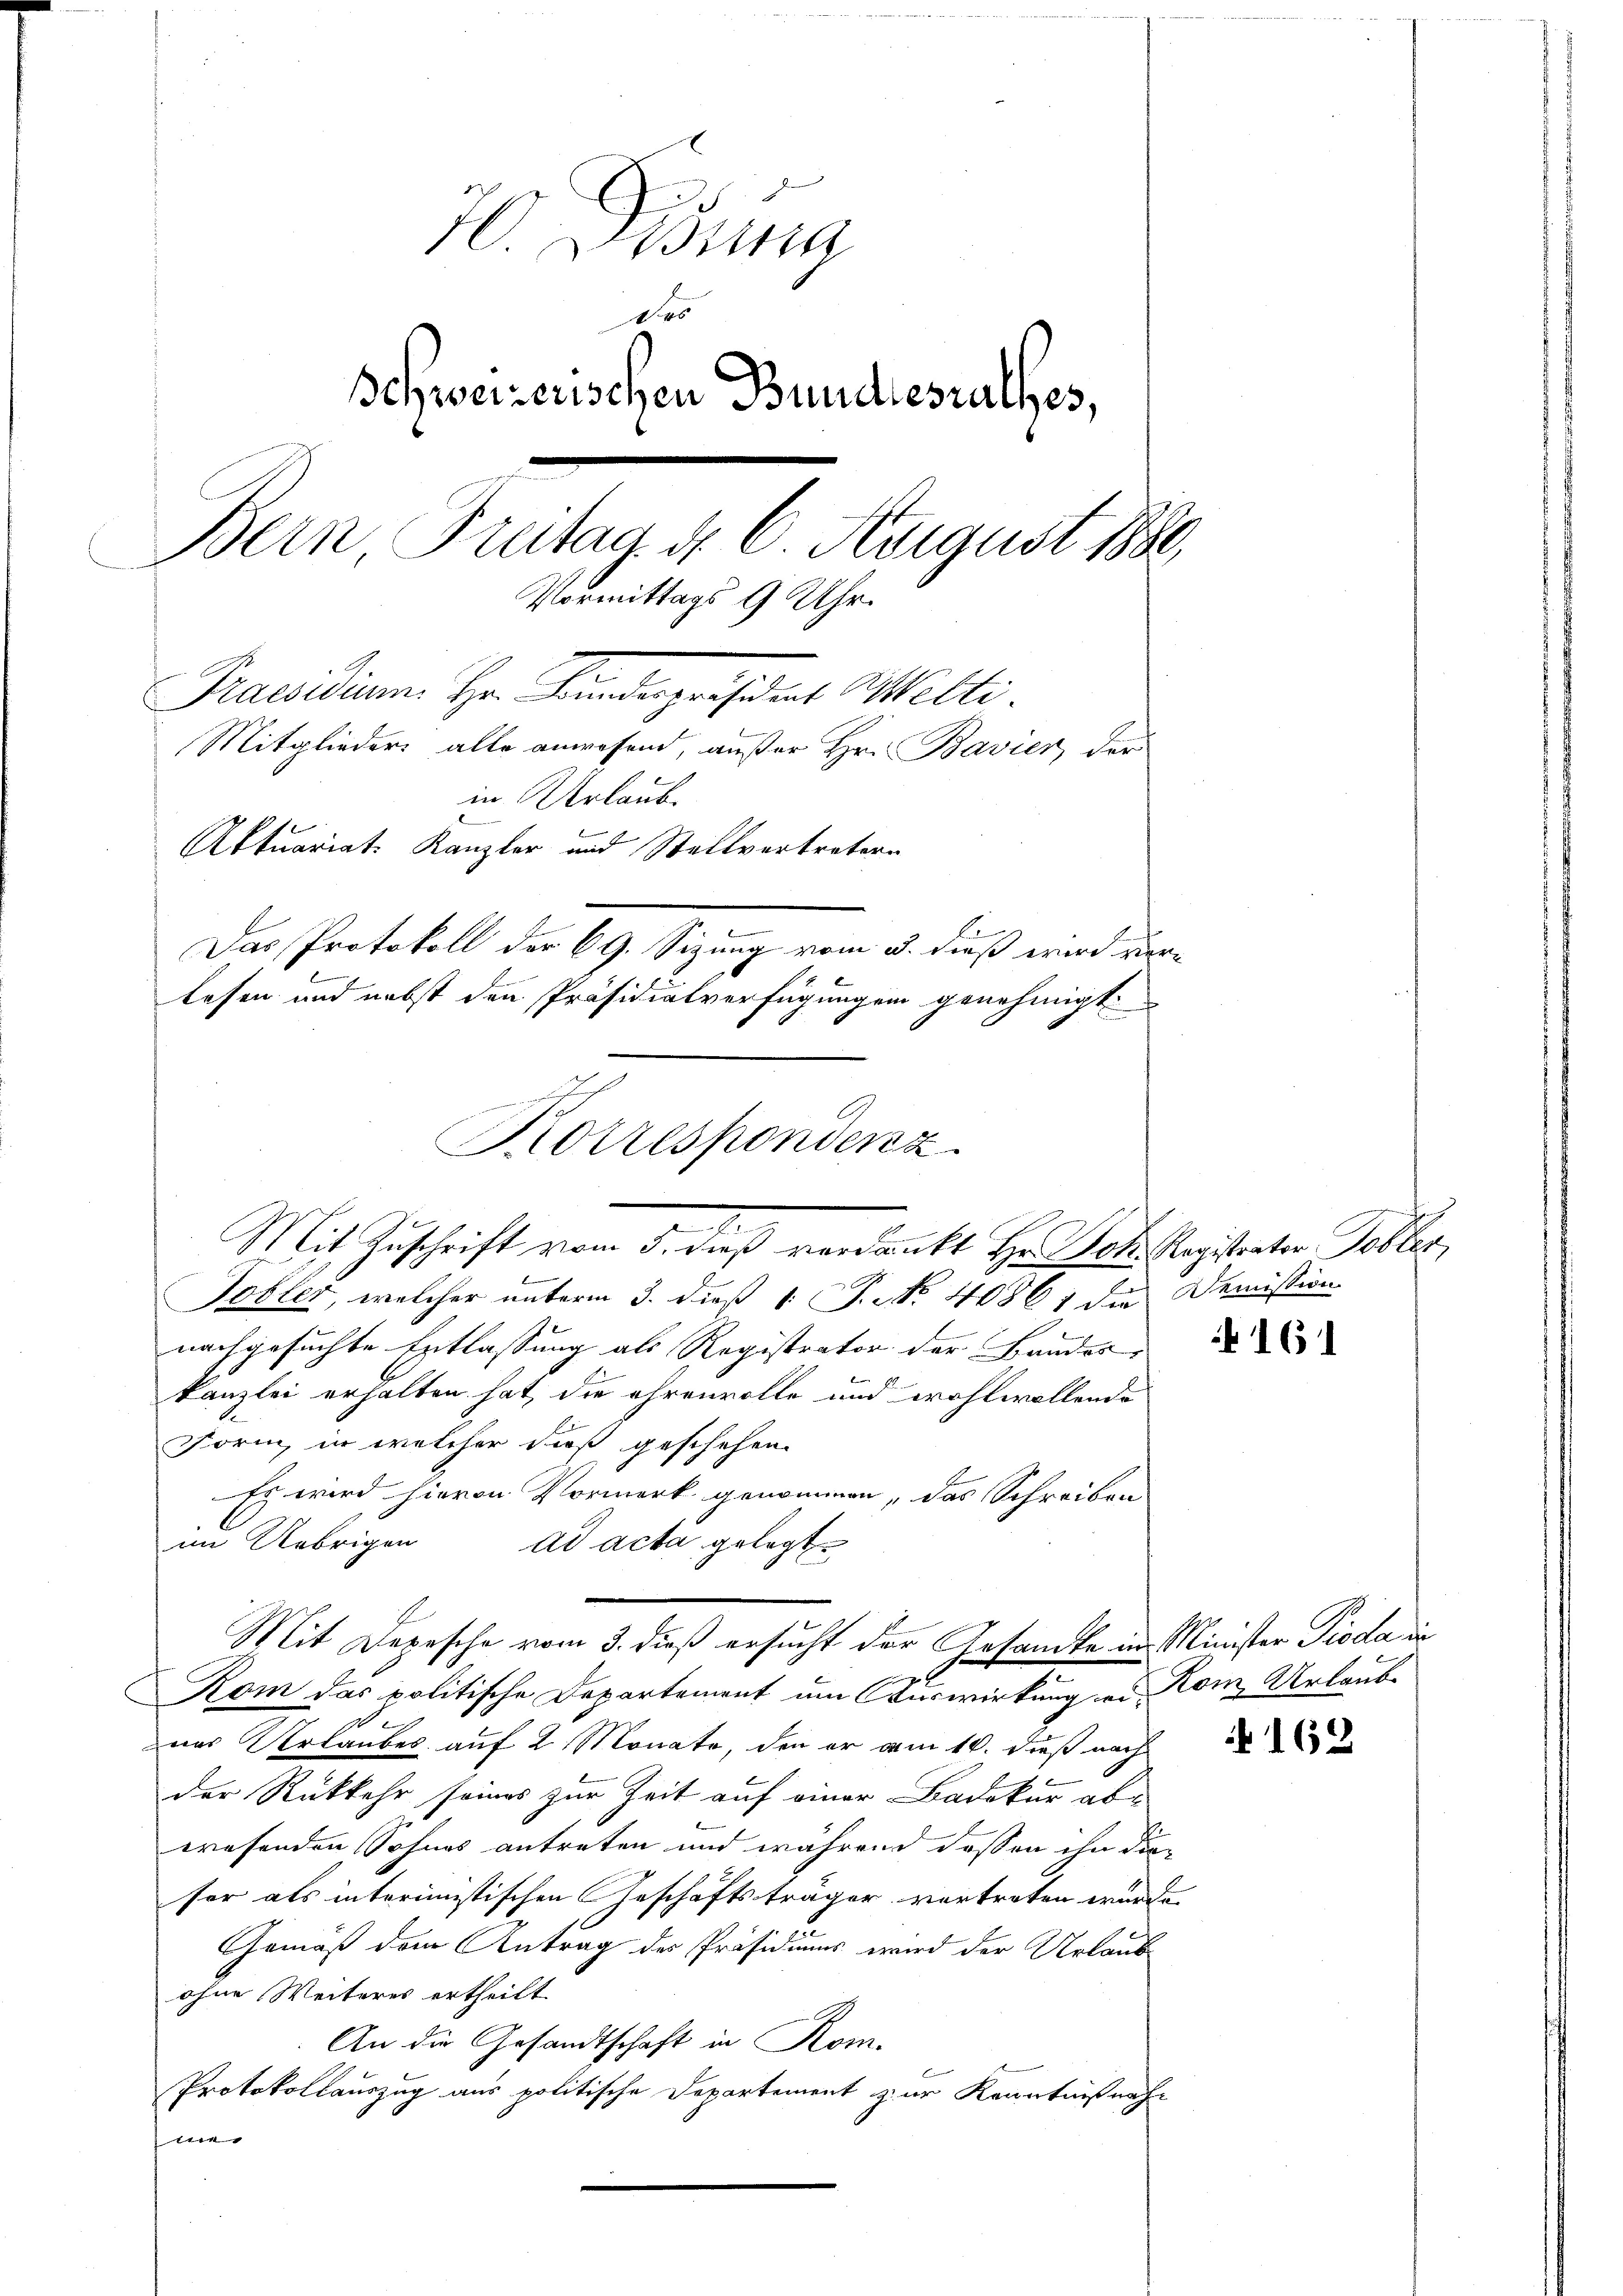
70. Didung
des
Schweizerischen Bundesrathes,
Bern Freitag d. 6 August 1880
Vormittags 9 Uhr.
Praesidium. Hr. Kinderpressert Welti.
Mitglieder, alle anwesend, außer Hr. Bavier der
in Urlaub
Aktuariat. Kanzler und Stellvertretern
Das Protokoll der 69. Sizung vom 3. dieß wird ver-
B
lesen und nebst den Präsidialverfügungen genehmigt

h
Korrespondenz
n

Mit Depesche vom 3. dieß ersucht der Gesandte in Minister Pioda i

Mit Zuschrift vom 5. dieß verdankt Hr. Joh. Registrator Tobler,
Tobler, welcher unterm 3. dieß 1: P. Nr. 40861 die Demission
nachgesuchte Entlassung als Registrator der Bandes
kanzlei erhalten hat, die ehrenvolle und wohlwollende
Form, in welcher dieß geschehen
Es wird hievon Vormerk genommen, das Schreiben
im Uebrigen ad acta gelegt.
7
Kom das politische Departement um Auswirkung er Kon Urlaub-
ner Urlaubes auf 2 Monate, den er am 10. dieß nach
der Rückkehr seines zur Zeit auf einer Badakur abwresenden Sohnes antreten und während dassen ihn diesor als interimistischen Geschäftsträger vortreten wurde.
Gemäß dem Antrag des Präsidiums wird der Urlaub
ohne Weiteres ertheilt
An die Gesandtschaft in Kom-
Protokollauszug aus politische Departement zur Kenntnißnahfmer

16

§ 162